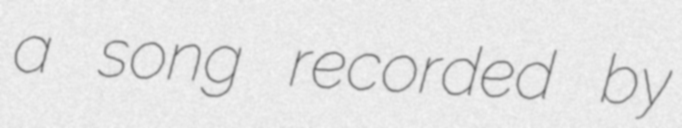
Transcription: a song recorded by